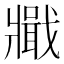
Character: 𤖞